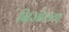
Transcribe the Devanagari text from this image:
बिजोलया